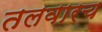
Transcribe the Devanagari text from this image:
तलवारच